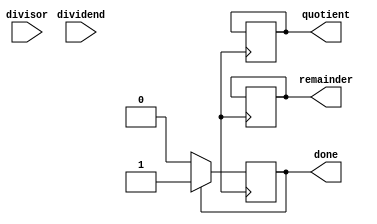
module NonRestoringDivider(
input [31:0] dividend,
input [31:0] divisor,
output reg [31:0] quotient,
output reg [31:0] remainder,
output reg done
);

reg [63:0] A;
reg [31:0] Q;
reg [31:0] M;
reg [4:0] count;
reg N;

always @(posedge clk) begin
    if(!done) begin
        if(count == 0) begin
            A <= {dividend, 32'd0};
            Q <= 32'd0;
            M <= divisor;
            N <= 1'b0;
            count <= 5'd32;
        end else begin
            if(N == 1'b0) begin
                if(A[63:32] >= M) begin
                    A <= A - M;
                    Q <= Q << 1 | 1;
                end else begin
                    Q <= Q << 1;
                end
                N <= ~N;
            end else begin
                if(A[63:32] >= 0) begin
                    A <= A + M;
                    Q <= Q << 1 | 1;
                end else begin
                    Q <= Q << 1;
                end
                N <= ~N;
            end
            count <= count - 1;
            if(count == 0) begin
                quotient <= Q[31:0];
                remainder <= A[63:32];
                done <= 1'b1;
            end
        end
    end
end

endmodule